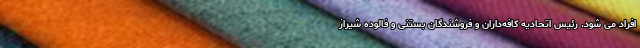
افراد می شود. رئیس اتحادیه کافه‌داران و فروشندگان بستنى و فالوده شیراز